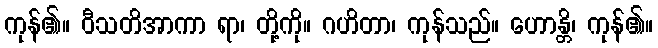
ကုန်၏။ ဝီသတိအာကာ ရာ၊ တို့ကို။ ဂဟိတာ၊ ကုန်သည်။ ဟောန္တိ၊ ကုန်၏။